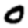
Digit: 0